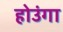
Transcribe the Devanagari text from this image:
होउंगा